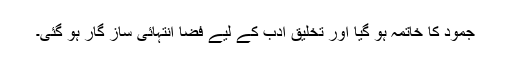
جمود کا خاتمہ ہو گیا اور تخلیق ادب کے لیے فضا انتہائی ساز گار ہو گئی۔